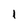
Character: 1